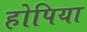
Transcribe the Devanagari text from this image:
होपिया